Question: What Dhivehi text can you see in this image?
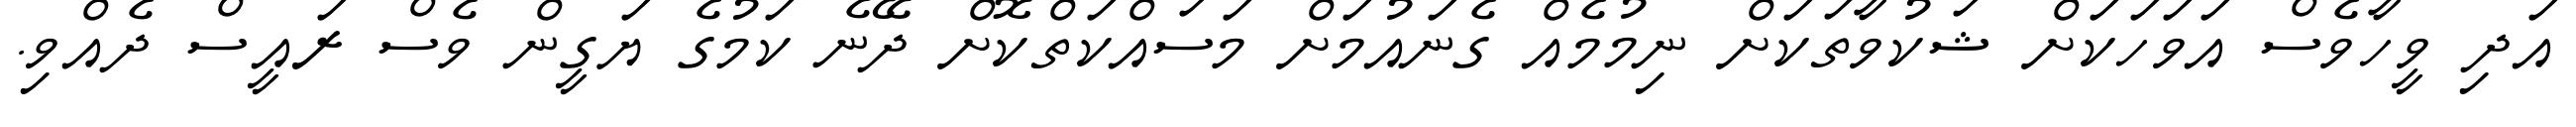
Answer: އަދި ވީހާވެސް އަވަހަކަށް ޝަކުވާތަކަށް ނިމުމެއް ގެނައުމަށް މަސައްކަތްކޮށް ދޭނެ ކަމުގެ ޔަގީން ވެސް ރައީސް ދެއްވި.